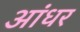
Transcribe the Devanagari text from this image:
आंधर